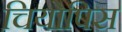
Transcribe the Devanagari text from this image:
चियोपिस